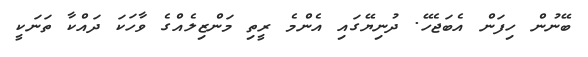
ބޭނުން ހިފަން އެބަޖެހޭ. ދުނިޔޭގައި އެންމެ ރީތި މަންޒިލެއްގެ ވާހަކަ ދައްކާ ތަނަކީ